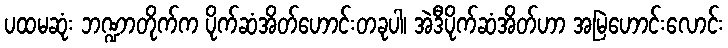
ပထမဆုံး ဘဏ္ဍာတိုက်က ပိုက်ဆံအိတ်ဟောင်းတခုပါ၊ အဲဒီပိုက်ဆံအိတ်ဟာ အမြဲဟောင်းလောင်း